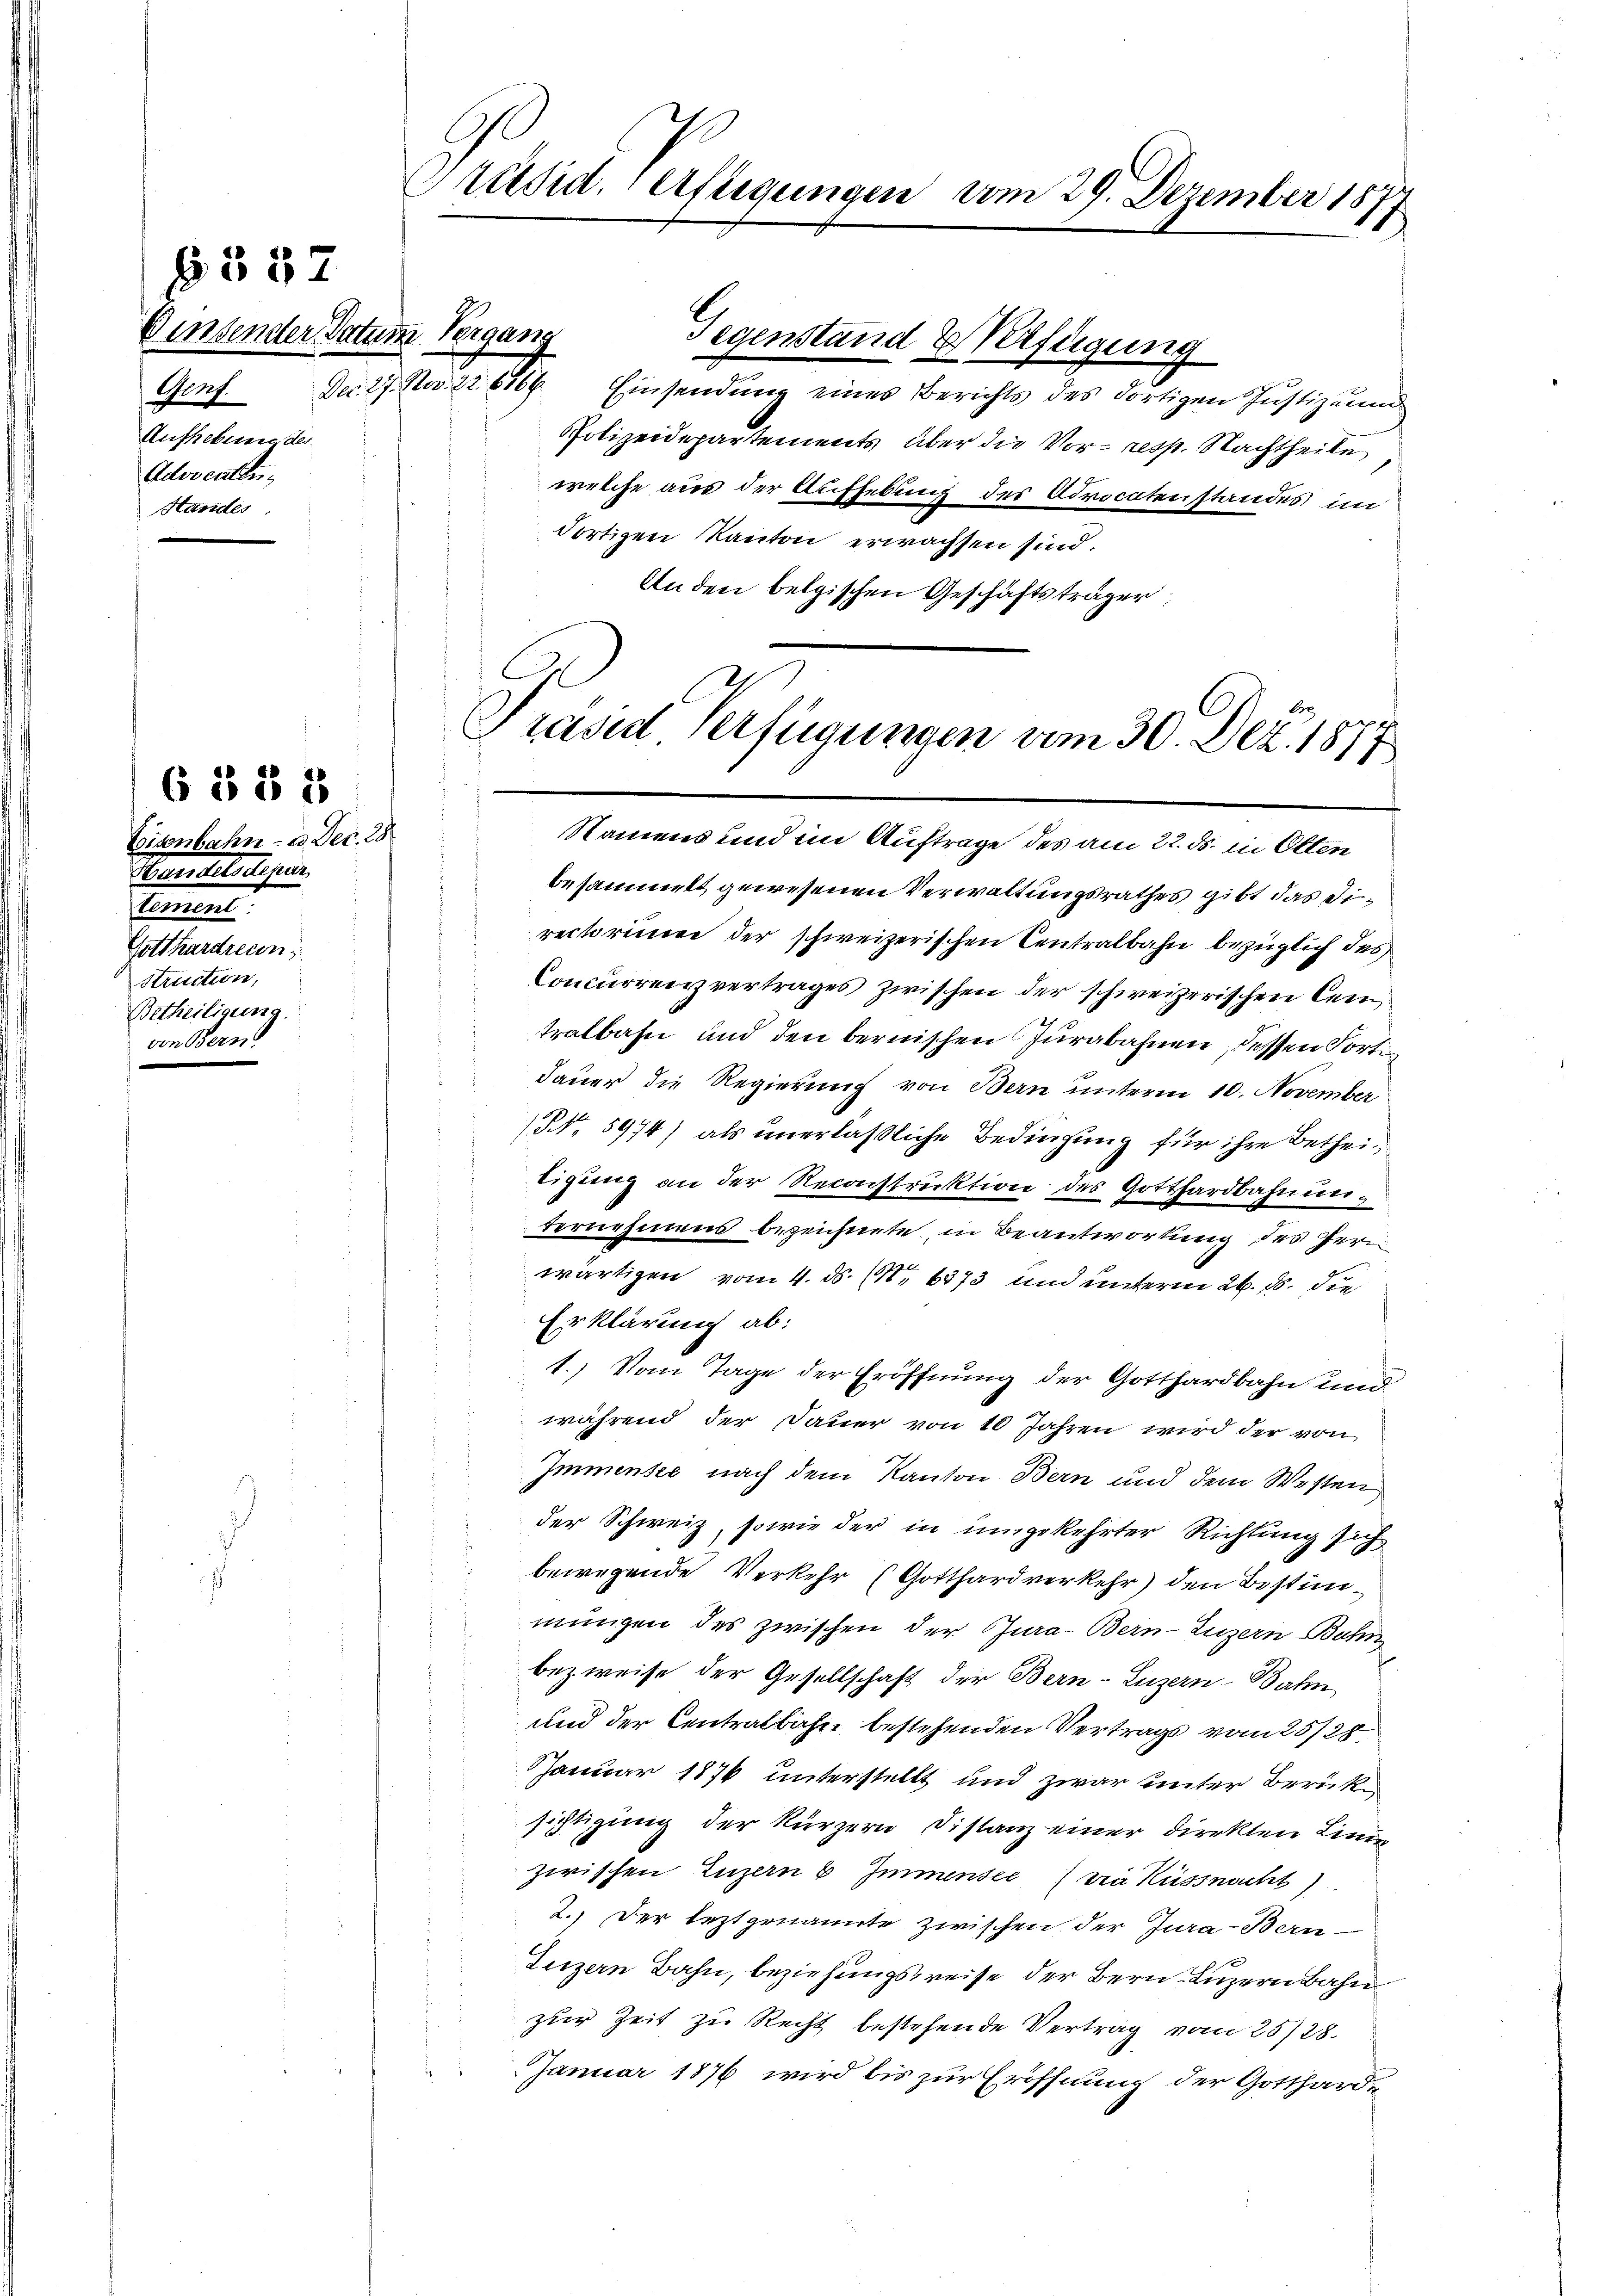
Binsender Datum Vergang
Genf.
Aufhebung de
Advocaten.
Handes

§ 352

Eisenbahn - a. Dec. 28
Mandelterlesen.
Teiment.
Gotthardreien;
Struction,
Betheiligung.
von Berns

6 352

Präsid. erfügungen vom 29. Dezember 1877

Der. 27. No. 22. 616 Einsendung eines Berichts des dortigen Justizm
Polizeidepartements über die Vor- resp. Nachtheile
welche aus der Aufhebung des Advocatenstandes im
dortigen Kanton erwachsen sind.
An den belgischen Geschäftsträger

Gegenstand Verfügung

Präsid Verfügungen vom 30. Dez. 1877.

Namens und im Auftrage des am 22. ds. in Olten
besammelt, gewesenen Verwaltungsrathes gibt das Directorium der schweizerischen Centralbahn bezüglich des
Concurrenzvertrages zwischen der schweizerischen Cen
tralbahn und den bernischen Jurabahnen, dessen Porti¬
Dauer die Regierung von Bern unterm 10. November
NNo. 5974) als unerläßliche Bedingung für ihre Betheitigung an der Reconstruktion des Gotthardbahnunternehmens bezeichnete, in Beantwortung des Her
wärtigen vom 4. ds. (N. 6373 und unterm 26. d. die
Erklärung ab:
1.) Vom Tage der Eröffnung der Gotthardbahn und
während der Dauer von 10 Jahren wird der von
Immensee nach dem Kanton Bern und dem Westen
der Schweiz, sowie der in umgekehrter Richtung sich
bewegende Verkehr (Gotthardverkehr) den Bestimmungen des zwischen der Rura- Bern-Luzern Bahn
bezweise der Gesellschaft der Bern-Luzern Bahn
und der Centralbahre bestehenden Vertrags vom 25/28
Januar 1876 unterstellt und zwar unter Berücksichtigung der kürzern Distanz einer direkten Linie
zwischen Luzern b Immensee die Küssnacht)
2.) Der leztgenannte zwischen der Jura-Bern-
Luzern Bahn, beziehungsreise der Bern, Luzern Bahn
zur Zeit zu Recht bestehende Vertrag vom 25/28.
Januar 1876 wird bis zur Eröffnung der Gottharde